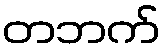
တဘက်